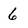
Character: 6